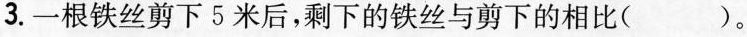
3.一根铁丝剪下5米后，剩下的铁丝与剪下的相比（）。